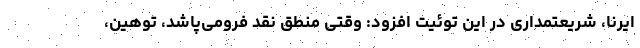
ایرنا، شریعتمداری در این توئیت افزود: وقتی منطق نقد فرومی‌پاشد، توهین،